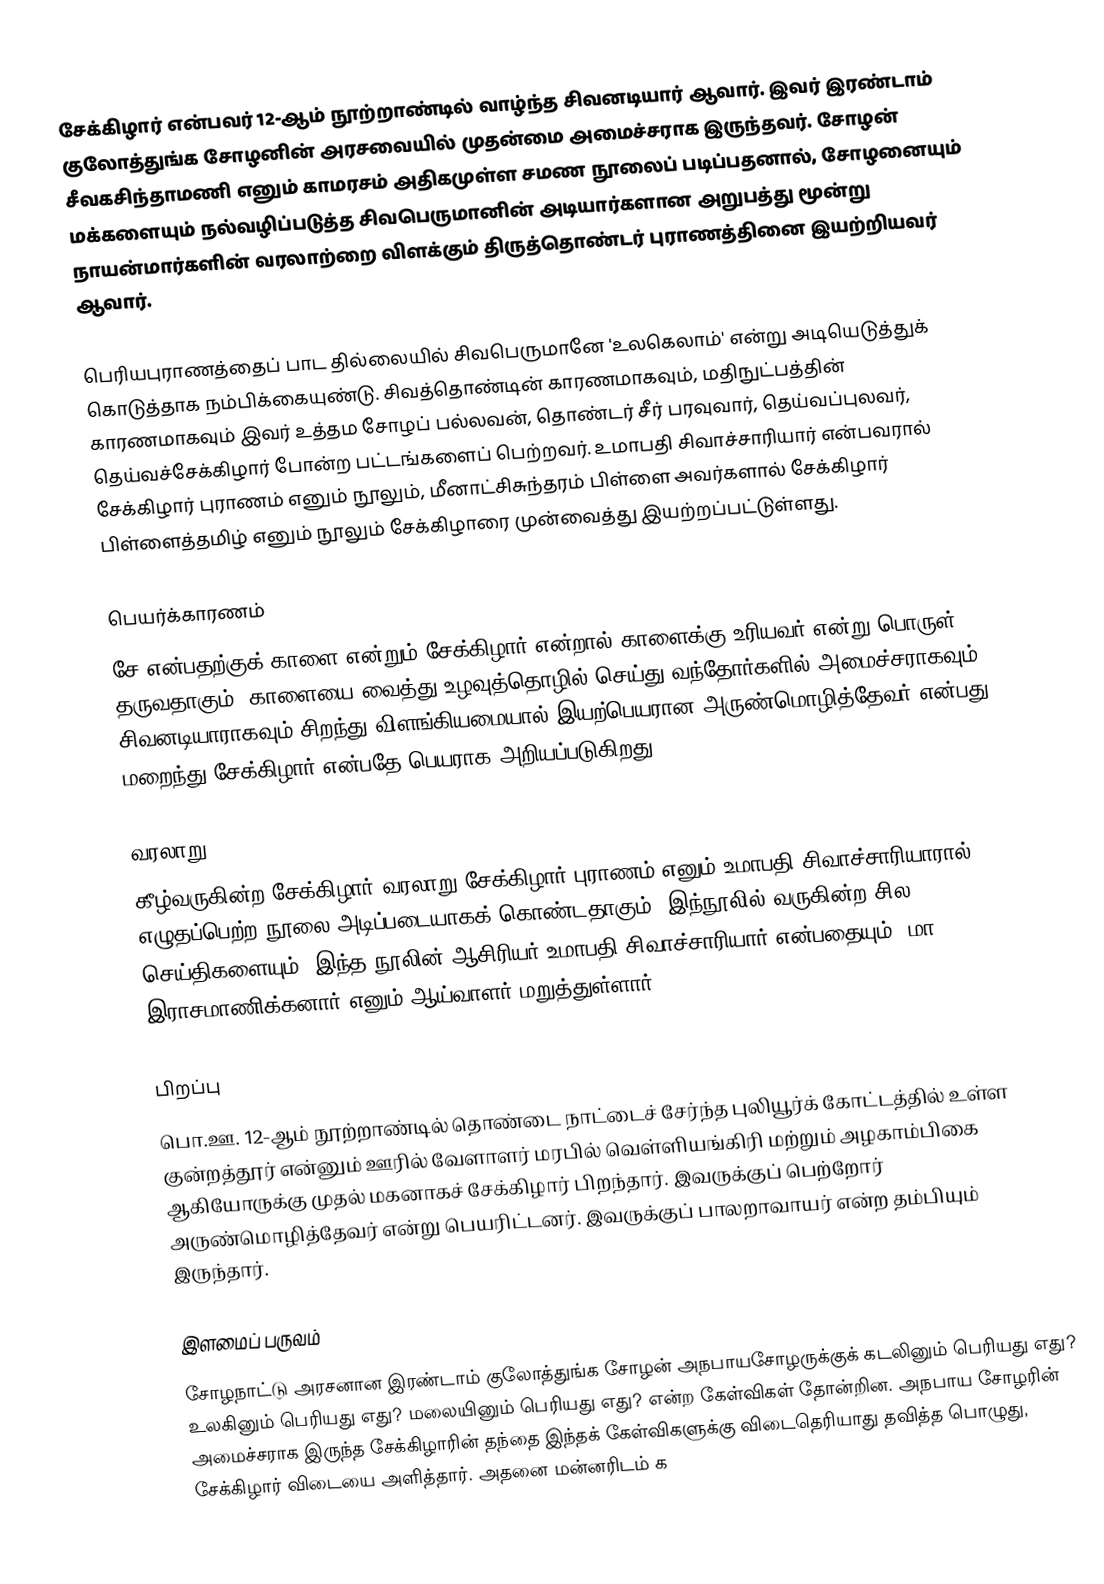
சேக்கிழார் என்பவர் 12-ஆம் நூற்றாண்டில் வாழ்ந்த சிவனடியார் ஆவார். இவர் இரண்டாம் குலோத்துங்க சோழனின் அரசவையில் முதன்மை அமைச்சராக இருந்தவர். சோழன் சீவகசிந்தாமணி எனும் காமரசம் அதிகமுள்ள சமண நூலைப் படிப்பதனால், சோழனையும் மக்களையும் நல்வழிப்படுத்த சிவபெருமானின் அடியார்களான அறுபத்து மூன்று நாயன்மார்களின் வரலாற்றை விளக்கும் திருத்தொண்டர் புராணத்தினை இயற்றியவர் ஆவார்.

பெரியபுராணத்தைப் பாட தில்லையில் சிவபெருமானே 'உலகெலாம்' என்று அடியெடுத்துக் கொடுத்தாக நம்பிக்கையுண்டு. சிவத்தொண்டின் காரணமாகவும், மதிநுட்பத்தின் காரணமாகவும் இவர் உத்தம சோழப் பல்லவன், தொண்டர் சீர் பரவுவார், தெய்வப்புலவர், தெய்வச்சேக்கிழார் போன்ற பட்டங்களைப் பெற்றவர். உமாபதி சிவாச்சாரியார் என்பவரால் சேக்கிழார் புராணம் எனும் நூலும், மீனாட்சிசுந்தரம் பிள்ளை அவர்களால் சேக்கிழார் பிள்ளைத்தமிழ் எனும் நூலும் சேக்கிழாரை முன்வைத்து இயற்றப்பட்டுள்ளது.

பெயர்க்காரணம்
சே என்பதற்குக் காளை என்றும் சேக்கிழார் என்றால் காளைக்கு உரியவர் என்று பொருள் தருவதாகும். காளையை வைத்து உழவுத்தொழில் செய்து வந்தோர்களில் அமைச்சராகவும், சிவனடியாராகவும் சிறந்து விளங்கியமையால் இயற்பெயரான அருண்மொழித்தேவர் என்பது மறைந்து சேக்கிழார் என்பதே பெயராக அறியப்படுகிறது.

வரலாறு
கீழ்வருகின்ற சேக்கிழார் வரலாறு சேக்கிழார் புராணம் எனும் உமாபதி சிவாச்சாரியாரால் எழுதப்பெற்ற நூலை அடிப்படையாகக் கொண்டதாகும். இந்நூலில் வருகின்ற சில செய்திகளையும், இந்த நூலின் ஆசிரியர் உமாபதி சிவாச்சாரியார் என்பதையும், மா. இராசமாணிக்கனார் எனும் ஆய்வாளர் மறுத்துள்ளார்.

பிறப்பு
பொ.ஊ. 12-ஆம் நூற்றாண்டில் தொண்டை நாட்டைச் சேர்ந்த புலியூர்க் கோட்டத்தில் உள்ள குன்றத்தூர் என்னும் ஊரில் வேளாளர் மரபில் வெள்ளியங்கிரி மற்றும் அழகாம்பிகை ஆகியோருக்கு முதல் மகனாகச் சேக்கிழார் பிறந்தார். இவருக்குப் பெற்றோர் அருண்மொழித்தேவர் என்று பெயரிட்டனர். இவருக்குப் பாலறாவாயர் என்ற தம்பியும் இருந்தார்.

இளமைப் பருவம்
சோழநாட்டு அரசனான இரண்டாம் குலோத்துங்க சோழன் அநபாயசோழருக்குக் கடலினும் பெரியது எது? உலகினும் பெரியது  எது? மலையினும் பெரியது எது? என்ற கேள்விகள் தோன்றின. அநபாய சோழரின் அமைச்சராக இருந்த சேக்கிழாரின் தந்தை இந்தக் கேள்விகளுக்கு விடைதெரியாது தவித்த பொழுது, சேக்கிழார் விடையை அளித்தார். அதனை மன்னரிடம் க